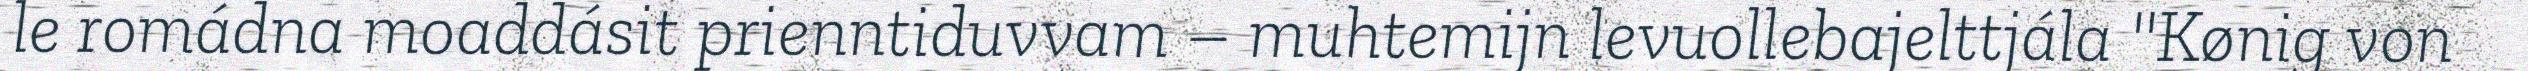
le romádna moaddásit prienntiduvvam – muhtemijn levuollebajelttjála "Kønig von